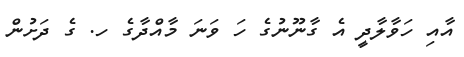
އާއި ހަވާލާދީ އެ ގާނޫނުގެ ހަ ވަނަ މާއްދާގެ ހ. ގެ ދަށުން